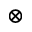
\otimes